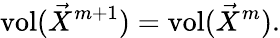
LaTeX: \operatorname{vol}(\vec{X}^{m+1})=\operatorname{vol}(\vec{X}^{m}).